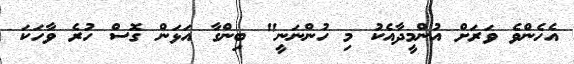
އެހެންވެ ވަރަށް އުންމީދާއެކު މި ހުންނަނީ" ބިންގާ އަޅަން ގޮސް ހުރެ ވާހަކަ